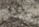
علاوة